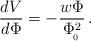
LaTeX: \begin{align*}{dV\over d\Phi}= -{w\Phi\over \Phi_{\!_0}^2}\, .\end{align*}